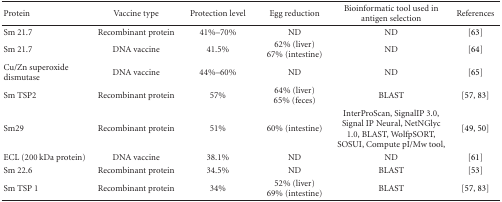
<table><thead><tr><td><b>Protein</b></td><td><b>Vaccine type</b></td><td><b>Protection level</b></td><td><b>Egg reduction</b></td><td><b>Bioinformatic tool used in antigen selection</b></td><td><b>References</b></td></tr></thead><tbody><tr><td>Sm 21.7</td><td>Recombinant protein</td><td>41%–70%</td><td>ND</td><td>ND</td><td>[63]</td></tr><tr><td>Sm 21.7</td><td>DNA vaccine</td><td>41.5%</td><td>62% (liver)67% (intestine)</td><td>ND</td><td>[64]</td></tr><tr><td>Cu/Zn superoxide dismutase</td><td>DNA vaccine</td><td>44%–60%</td><td>ND</td><td>ND</td><td>[65]</td></tr><tr><td>Sm TSP2</td><td>Recombinant protein</td><td>57%</td><td>64% (liver)65% (feces)</td><td>BLAST</td><td>[57, 83]</td></tr><tr><td>Sm29</td><td>Recombinant protein</td><td>51%</td><td>60% (intestine)</td><td>InterProScan, SignalIP 3.0, Signal IP Neural, NetNGlyc 1.0, BLAST, WolfpSORT, SOSUI, Compute pI/Mw tool, </td><td>[49, 50]</td></tr><tr><td>ECL (200 kDa protein)</td><td>DNA vaccine</td><td>38.1%</td><td>ND</td><td>ND</td><td>[61]</td></tr><tr><td>Sm 22.6</td><td>Recombinant protein</td><td>34.5%</td><td>ND</td><td>BLAST</td><td>[53]</td></tr><tr><td>Sm TSP 1</td><td>Recombinant protein</td><td>34%</td><td>52% (liver)69% (intestine)</td><td>BLAST</td><td>[57, 83]</td></tr></tbody></table>